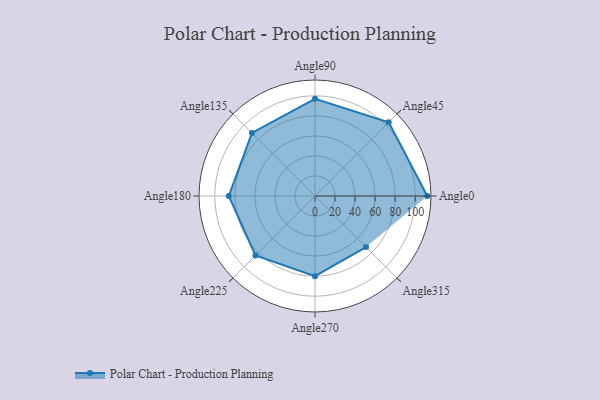
{"axis": {"x": "Angle", "y": "Radius"}, "legend": [""], "data": [{"x": "Angle0", "y": 112.0, "type": ""}, {"x": "Angle45", "y": 104.0, "type": ""}, {"x": "Angle90", "y": 97.0, "type": ""}, {"x": "Angle135", "y": 89.0, "type": ""}, {"x": "Angle180", "y": 86.0, "type": ""}, {"x": "Angle225", "y": 84.0, "type": ""}, {"x": "Angle270", "y": 80.0, "type": ""}, {"x": "Angle315", "y": 72.0, "type": ""}]}